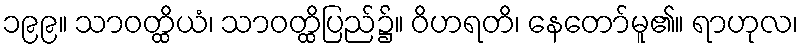
၁၉၉။ သာဝတ္ထိယံ၊ သာဝတ္ထိပြည်၌။ ဝိဟရတိ၊ နေတော်မူ၏။ ရာဟုလ၊